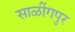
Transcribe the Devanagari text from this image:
साळींगपुर